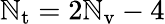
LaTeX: \mathbb{N}_{\mathrm{{t}}}=2\mathbb{N}_{\mathrm{{v}}}-4